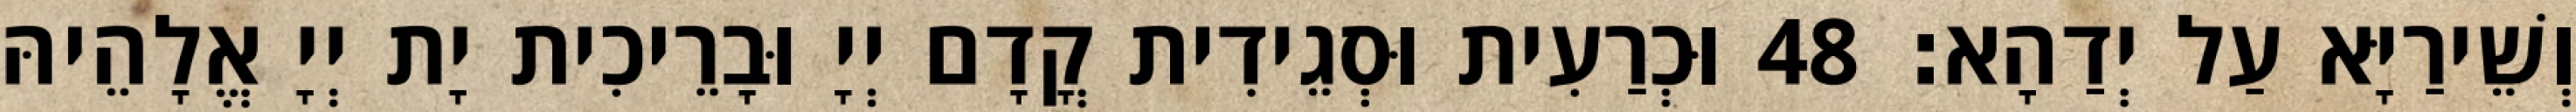
וְשֵׁירַיָּא עַל יְדַהָא׃ 48 וּכְרַעִית וּסְגֵידִית קֳדָם יְיָ וּבָרֵיכִית יָת יְיָ אֱלָהֵיהּ